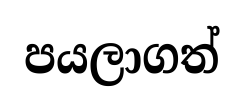
පයලාගත්